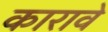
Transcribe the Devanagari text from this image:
कारावे